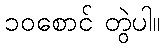
၁၀စောင် တွဲပါ။